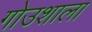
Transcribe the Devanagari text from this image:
गोउशाला